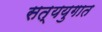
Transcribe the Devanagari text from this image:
सत्ययुगात